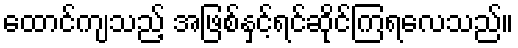
ထောင်ကျသည့် အဖြစ်နှင့်ရင်ဆိုင်ကြရလေသည်။